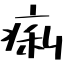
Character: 痢